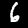
Digit: 6